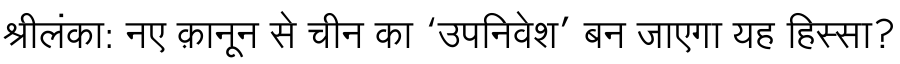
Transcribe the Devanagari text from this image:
श्रीलंका: नए क़ानून से चीन का ‘उपनिवेश’ बन जाएगा यह हिस्सा?